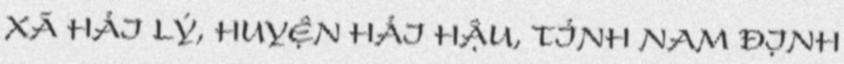
XÃ HẢI LÝ, HUYỆN HẢI HẬU, TỈNH NAM ĐỊNH